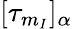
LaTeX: [{\tau_{{m}_{I}}}]_{\alpha}